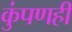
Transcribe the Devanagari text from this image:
कुंपणही